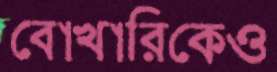
বোখারিকেও